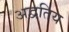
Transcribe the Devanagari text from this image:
अद्वतिय